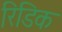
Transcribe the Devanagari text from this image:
रिडिक